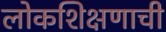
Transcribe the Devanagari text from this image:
लोकशिक्षणाची